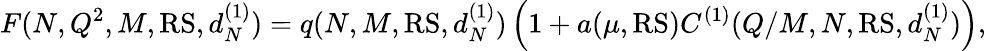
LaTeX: F(N,Q^{2},M,\mathrm{RS},d_{N}^{(1)})=q(N,M,{\mathrm{RS}},d_{N}^{(1)})\left(1+a(\mu,{\mathrm{RS}})C^{(1)}(Q/M,N,{\mathrm{RS}},d_{N}^{(1)})\right),